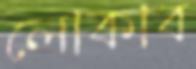
লোকাব